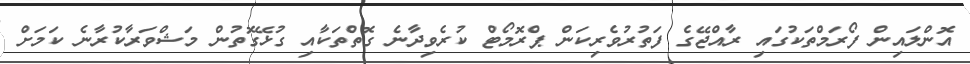
އޮންލައިން ފޯރަމްތަކުގައި ރާއްޖޭގެ ފަތުރުވެރިކަން ޕްރޮމޯޓް ކުރެވިދާނެ ގޮތްތަކާއި ގުޅޭގޮތުން މަޝްވަރާކުރާނެ ކަމަށް